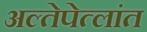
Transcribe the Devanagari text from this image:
अल्तेपेत्लांत